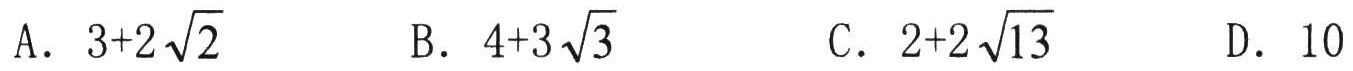
A. \(3 + 2\sqrt{2}\)  B. \(4 + 3\sqrt{3}\)  C. \(2+2\sqrt{13}\)  D. \(10\)